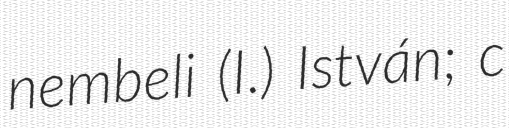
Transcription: nembeli (I.) István; c